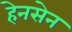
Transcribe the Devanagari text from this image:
हेनसेन